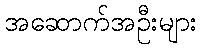
အဆောက်အဦးများ